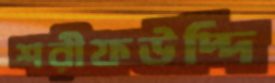
শরীফউদ্দি